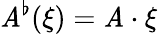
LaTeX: \mathit{A}^{\flat}(\xi)=\mathit{A}\cdot\xi